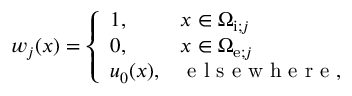
\begin{array} { r } { w _ { j } ( x ) = \left\{ \begin{array} { l l } { 1 , \quad } & { x \in \Omega _ { \mathrm { i } ; j } } \\ { 0 , } & { x \in \Omega _ { \mathrm { e } ; j } } \\ { u _ { 0 } ( x ) , } & { \mathrm { ~ e ~ l ~ s ~ e ~ w ~ h ~ e ~ r ~ e ~ } , } \end{array} \right. } \end{array}